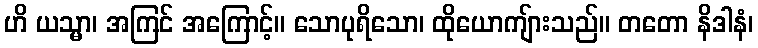
ဟိ ယသ္မာ၊ အကြင် အကြောင့်။ သောပုရိသော၊ ထိုယောကျ်ားသည်။ တတော နိဒါနံ၊